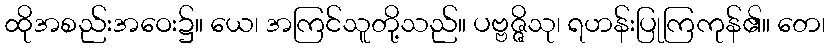
ထိုအစည်းအဝေး၌။ ယေ၊ အကြင်သူတို့သည်။ ပဗ္ဗဇ္ဇိသု၊ ရဟန်းပြုကြကုန်၏။ တေ၊